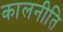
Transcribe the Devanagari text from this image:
कालनीति